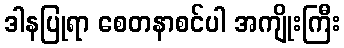
ဒါနပြုရာ စေတနာစင်ပါ အကျိုးကြီး